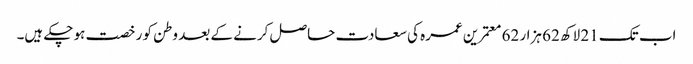
اب تک 21 لاکھ 62 ہزار 62 معتمرین عمرہ کی سعادت حاصل کرنے کے بعد وطن کو رخصت ہو چکے ہیں۔